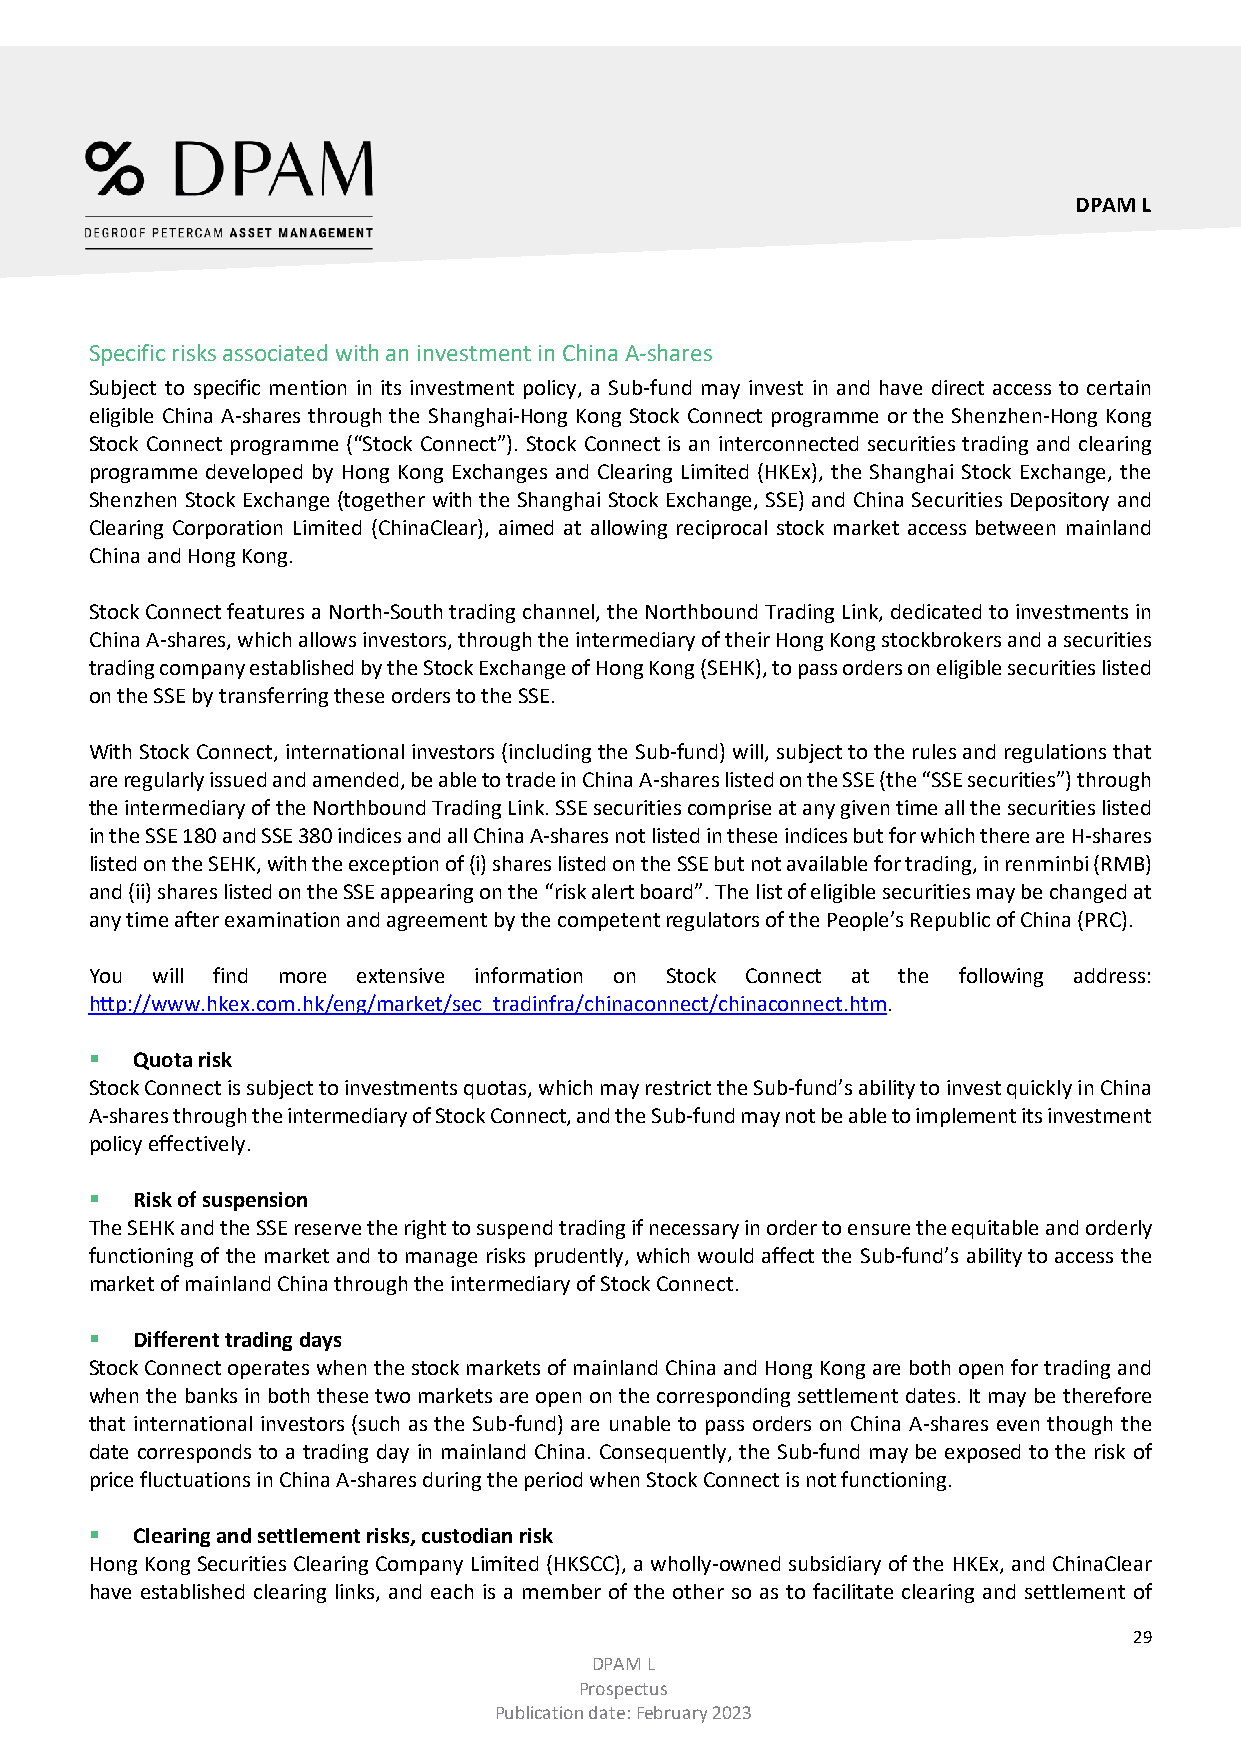
DPAM L
 Specific risks associated with an investment in China A-shares
 Subject to specific mention in its investment policy, a Sub-fund may invest in and have direct access to certain
 eligible China A-shares through the Shanghai-Hong Kong Stock Connect programme or the Shenzhen-Hong Kong
 Stock Connect programme (“Stock Connect”). Stock Connect is an interconnected securities trading and clearing
 programme developed by Hong Kong Exchanges and Clearing Limited (HKEx), the Shanghai Stock Exchange, the
 Shenzhen Stock Exchange (together with the Shanghai Stock Exchange, SSE) and China Securities Depository and
 Clearing Corporation Limited (ChinaClear), aimed at allowing reciprocal stock market access between mainland
 China and Hong Kong.
 Stock Connect features a North-South trading channel, the Northbound Trading Link, dedicated to investments in
 China A-shares, which allows investors, through the intermediary of their Hong Kong stockbrokers and a securities
 trading company established by the Stock Exchange of Hong Kong (SEHK), to pass orders on eligible securities listed
 on the SSE by transferring these orders to the SSE.
 With Stock Connect, international investors (including the Sub-fund) will, subject to the rules and regulations that
 are regularly issued and amended, be able to trade in China A-shares listed on the SSE (the “SSE securities”) through
 the intermediary of the Northbound Trading Link. SSE securities comprise at any given time all the securities listed
 in the SSE 180 and SSE 380 indices and all China A-shares not listed in these indices but for which there are H-shares
 listed on the SEHK, with the exception of (i) shares listed on the SSE but not available for trading, in renminbi (RMB)
 and (ii) shares listed on the SSE appearing on the “risk alert board”. The list of eligible securities may be changed at
 any time after examination and agreement by the competent regulators of the People’s Republic of China (PRC).
 You will find more extensive information on Stock Connect at the following address:
 http://www.hkex.com.hk/eng/market/sec_tradinfra/chinaconnect/chinaconnect.htm.
   Quota risk
 Stock Connect is subject to investments quotas, which may restrict the Sub-fund’s ability to invest quickly in China
 A-shares through the intermediary of Stock Connect, and the Sub-fund may not be able to implement its investment
 policy effectively.
   Risk of suspension
 The SEHK and the SSE reserve the right to suspend trading if necessary in order to ensure the equitable and orderly
 functioning of the market and to manage risks prudently, which would affect the Sub-fund’s ability to access the
 market of mainland China through the intermediary of Stock Connect.
   Different trading days
 Stock Connect operates when the stock markets of mainland China and Hong Kong are both open for trading and
 when the banks in both these two markets are open on the corresponding settlement dates. It may be therefore
 that international investors (such as the Sub-fund) are unable to pass orders on China A-shares even though the
 date corresponds to a trading day in mainland China. Consequently, the Sub-fund may be exposed to the risk of
 price fluctuations in China A-shares during the period when Stock Connect is not functioning.
   Clearing and settlement risks, custodian risk
 Hong Kong Securities Clearing Company Limited (HKSCC), a wholly-owned subsidiary of the HKEx, and ChinaClear
 have established clearing links, and each is a member of the other so as to facilitate clearing and settlement of
 29
 DPAM L
 Prospectus
 Publication date: February 2023